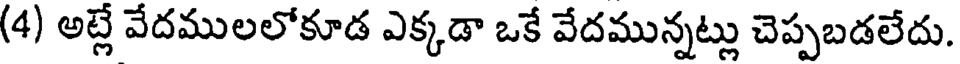
(4) అట్లే వేదములలోకూడ ఎక్కడా ఒకే వేదమున్నట్లు చెప్పబడలేదు.